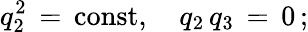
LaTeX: q_{2}^{2}\, =\, \mathrm{const},\quad q_{2}\, q_{3}\, =\, 0\, {;}